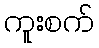
ကူးစက်